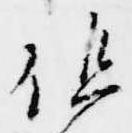
但